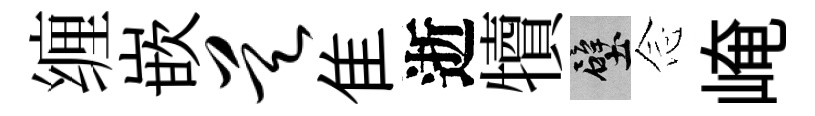
缠嵌昊隹逝犢壁𫝹崦